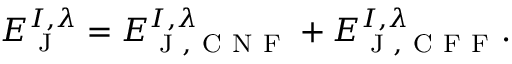
E _ { \textrm { J } } ^ { I , \lambda } = E _ { \textrm { J } , \mathrm { ~ C ~ N ~ F ~ } } ^ { I , \lambda } + E _ { \textrm { J } , \mathrm { ~ C ~ F ~ F ~ } } ^ { I , \lambda } .